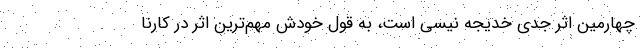
چهارمین اثر جدی خدیجه نیسی است، به قول خودش مهم‌ترین اثر در کارنا